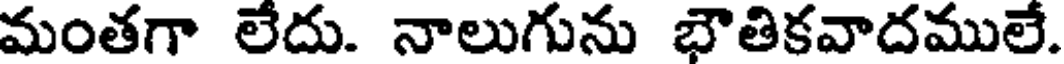
మంతగా లేదు. నాలుగును భౌతికవాదములే.